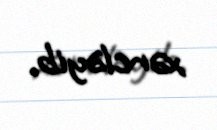
xərcləyib.